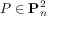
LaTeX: P \in \mathbf { P } _ { n } ^ { 2 }